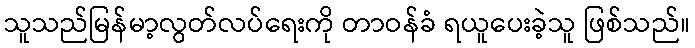
သူသည်မြန်မာ့လွတ်လပ်ရေးကို တာဝန်ခံ ရယူပေးခဲ့သူ ဖြစ်သည်။